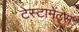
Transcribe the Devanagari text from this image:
टेस्टामेंट्स